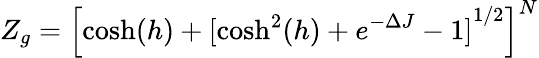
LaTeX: Z_{g}={\left[\cosh(h)+[{\cosh^{2}(h)+e^{-\Delta J}-1]}^{1/2}\right]}^{N}